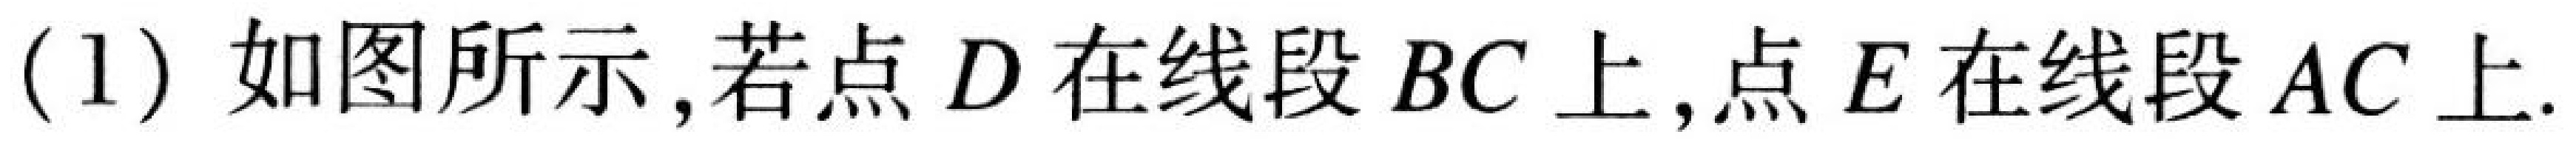
(1) 如图所示,若点$D$在线段$BC$上,点$E$在线段$AC$上.